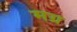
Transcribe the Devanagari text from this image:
मग्र